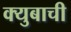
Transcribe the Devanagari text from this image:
क्युबाची